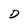
Character: D